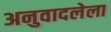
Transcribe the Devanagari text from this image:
अनुवादलेला